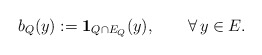
\begin{align*}b_Q(y):={\mathbf{1}}_{Q\cap E_Q}(y),\qquad\forall\,y\in E.\end{align*}